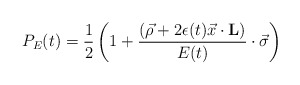
\begin{align*}P_E(t)= {1 \over 2}\left(1+ {(\vec\rho+2\epsilon(t) \vec x\cdot{\bf L})\over E(t)}\cdot\vec\sigma\right)\end{align*}